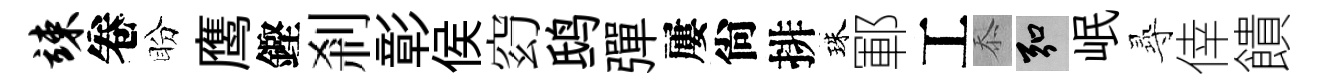
竦卷盼鹰鏗剎彰侯𥥆鸱彈屢尙排珠鄆工忝弘岷𡬶倖饋